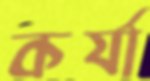
কর্যা